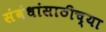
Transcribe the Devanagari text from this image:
संबंधांसाठीच्या